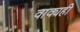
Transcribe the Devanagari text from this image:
वाक्यही